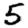
Digit: 5